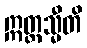
ဣတ္ထသ္မီတိ